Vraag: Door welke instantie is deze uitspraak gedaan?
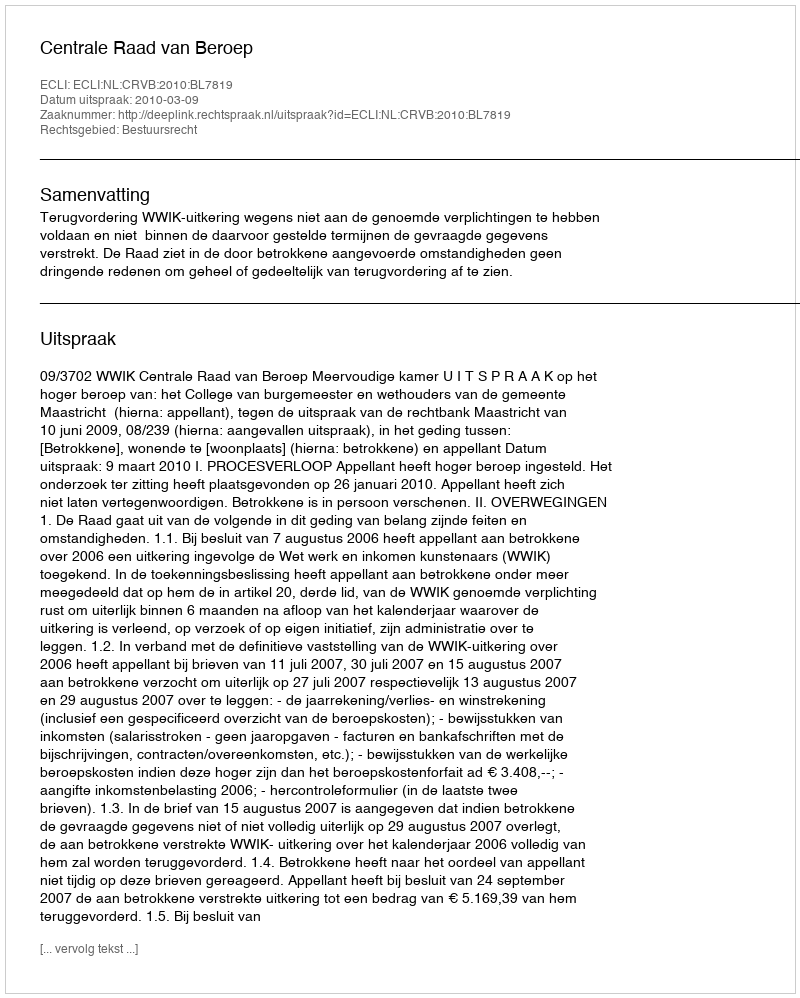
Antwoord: Centrale Raad van Beroep